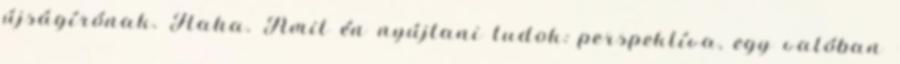
újságírónak. Haha. Amit én nyújtani tudok: perspektíva, egy valóban